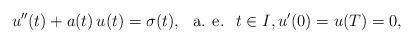
LaTeX: \begin{align*}u^{\prime\prime}(t)+a(t)\,u(t)=\sigma(t),\ \mbox{ a. e. }\;t\in I,u'(0)=u(T)=0,\end{align*}